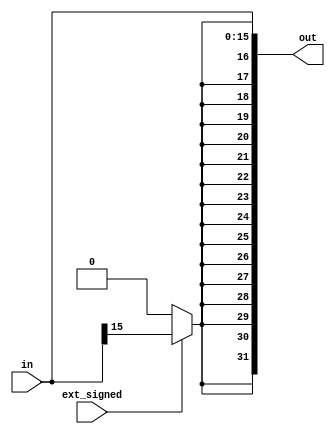
/**
 * EXT - Zero extension and sign extension. Extend the input data to [width] bits.
 * @module_name ext
 * @author Yongting Chen <yongting.chen@ucdconnect.ie>
 */
/*
Examples:
ext #(.width(4)) ext_1(.ext_signed(1), .in(input_data[3:0]), .out(out_data))
*/
module ext #(
  parameter width = 16
) (
  input wire ext_signed, // signed
  input wire [width-1:0] in,
  output wire [31:0] out
);
  // Replicate '0' (unsigned) or MSB (signed) of in for (32-width) times, and concat with in.
  assign out = {{32 - width{ext_signed ? in[width-1] : 1'b0}}, in};
endmodule